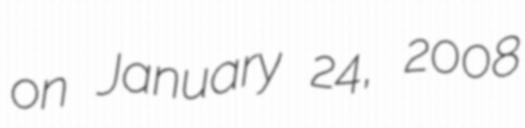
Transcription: on January 24, 2008